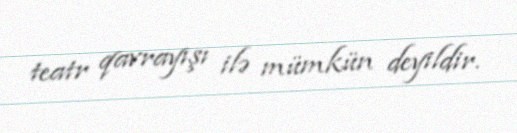
teatr qavrayışı ilə mümkün deyildir.